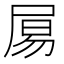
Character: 𡱿